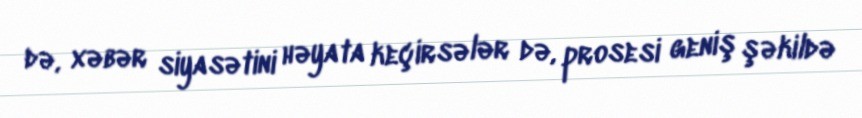
də, xəbər siyasətini həyata keçirsələr də, prosesi geniş şəkildə